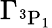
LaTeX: \Gamma_{^3\textrm{P}_{1}}